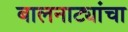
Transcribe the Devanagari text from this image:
बालनाट्यांचा